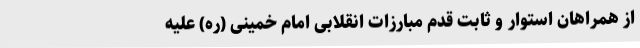
از همراهان استوار و ثابت قدم مبارزات انقلابی امام خمینی (ره) علیه